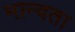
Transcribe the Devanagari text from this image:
मान्वता